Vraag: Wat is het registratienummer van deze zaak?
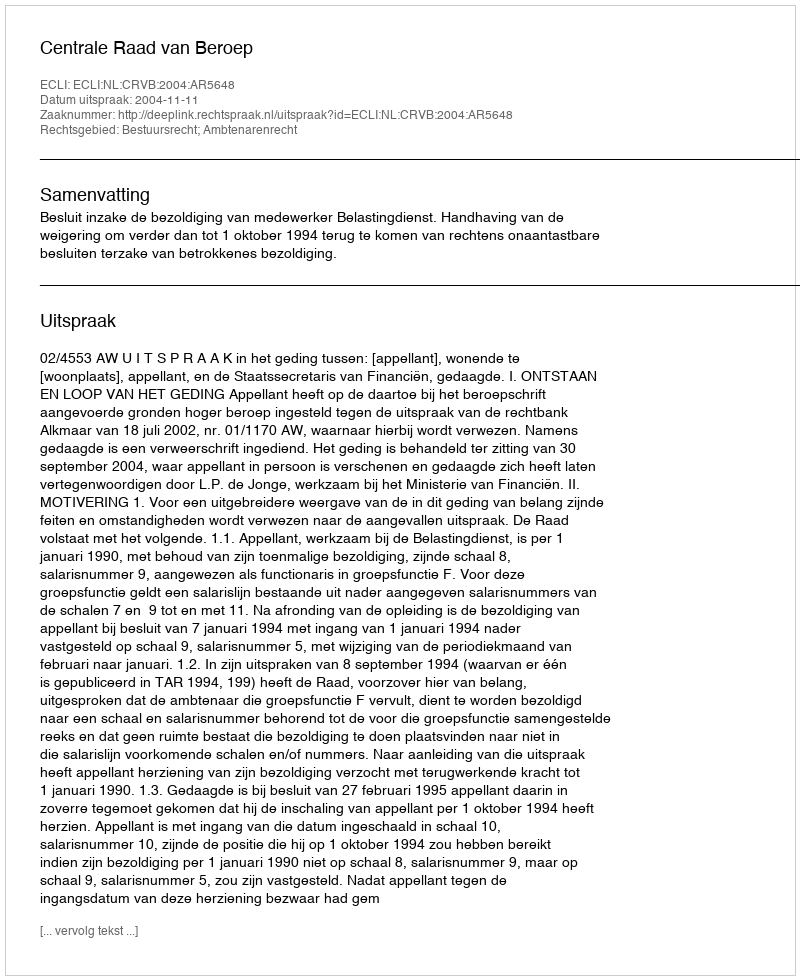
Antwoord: http://deeplink.rechtspraak.nl/uitspraak?id=ECLI:NL:CRVB:2004:AR5648